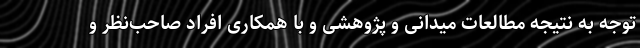
توجه به نتیجه مطالعات میدانی و پژوهشی و با همکاری افراد صاحب‌نظر و